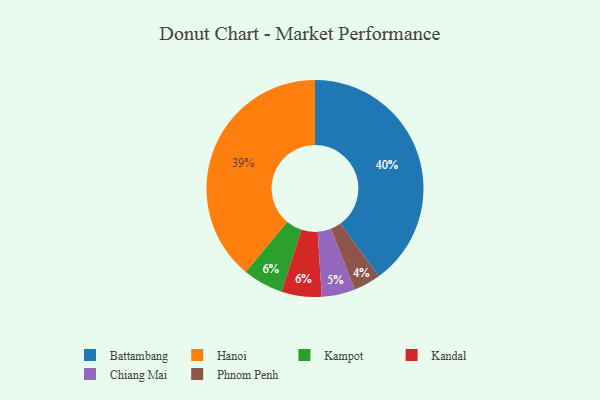
{"axis": {"x": "Category", "y": "Percentage"}, "legend": ["Battambang", "Chiang Mai", "Hanoi", "Kampot", "Kandal", "Phnom Penh"], "data": [{"x": "Phnom Penh", "y": 4, "type": "Phnom Penh"}, {"x": "Hanoi", "y": 39, "type": "Hanoi"}, {"x": "Kampot", "y": 6, "type": "Kampot"}, {"x": "Battambang", "y": 40, "type": "Battambang"}, {"x": "Chiang Mai", "y": 5, "type": "Chiang Mai"}, {"x": "Kandal", "y": 6, "type": "Kandal"}]}